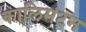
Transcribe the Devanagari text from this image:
कालिमंटन